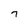
Character: 7